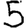
Digit: 5